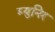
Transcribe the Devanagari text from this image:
म्युनिर